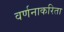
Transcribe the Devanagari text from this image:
वर्णनाकरिता